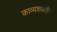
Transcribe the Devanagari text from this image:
काव्यशक्तीला